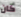
كان